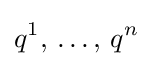
\displaystyle q^{1},\,\ldots ,\,q^{n}